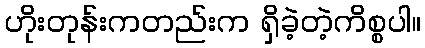
ဟိုးတုန်းကတည်းက ရှိခဲ့တဲ့ကိစ္စပါ။